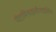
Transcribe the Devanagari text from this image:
पेंटामिथाइलीनडाईमीन